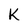
Character: K